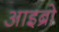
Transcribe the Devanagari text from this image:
आइब्रो